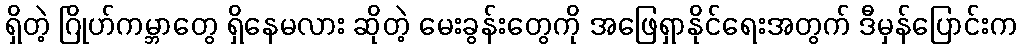
ရှိတဲ့ ဂြိုဟ်ကမ္ဘာတွေ ရှိနေမလား ဆိုတဲ့ မေးခွန်းတွေကို အဖြေရှာနိုင်ရေးအတွက် ဒီမှန်ပြောင်းက